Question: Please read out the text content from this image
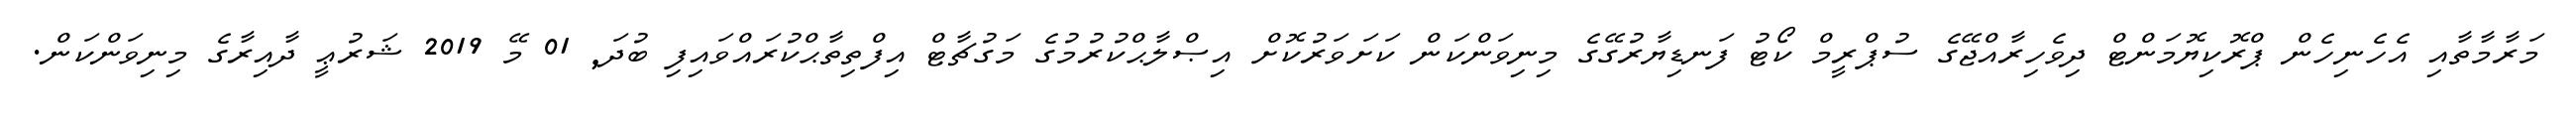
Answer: މަރާމާތާއި އެހެނިހެން ޕްރޮކިޔޮމަންޓް ދިވެހިރާއްޖޭގެ ސުޕްރީމް ކޯޓު ފަނޑިޔާރުގޭގެ މިނިވަންކަން ކަށަވަރުކޮށް އިޞްލާޙްކުރުމުގެ މަގުޗާޓް އިފްތިތާޙްކުރައްވައިފި ބުދަ, 01 މޭ 2019 ޝަރުޢީ ދާއިރާގެ މިނިވަންކަން.